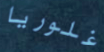
غلوريا